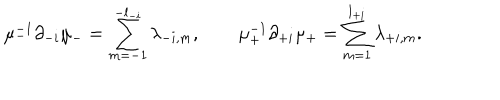
\mu _ { - } ^ { - 1 } \partial _ { - i } \mu _ { - } = \sum _ { m = - 1 } ^ { - l _ { - i } } \lambda _ { - i , m } , \qquad \mu _ { + } ^ { - 1 } \partial _ { + i } \mu _ { + } = \sum _ { m = 1 } ^ { l _ { + i } } \lambda _ { + i , m } .